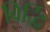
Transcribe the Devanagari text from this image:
विर्द्धि